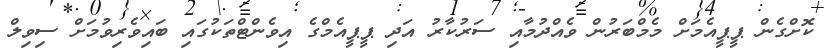
ކޮށްގެން ޕީޕީއެމަށް މެމްބަރުން ވެއްދުމާއި ސަރުކާރު އަދި ޕީޕީއެމްގެ އިވެންޓްތަކުގައި ބައިވެރިވުމަށް ސިވިލް